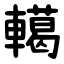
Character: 轕